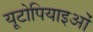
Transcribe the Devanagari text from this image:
यूटोपियाइओं